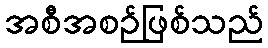
အစီအစဉ်ဖြစ်သည်